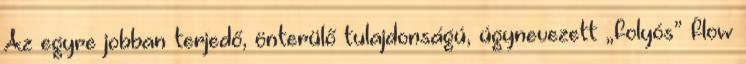
Az egyre jobban terjedő, önterülő tulajdonságú, úgynevezett „folyós” flow